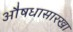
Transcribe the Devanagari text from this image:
औषधासारखा